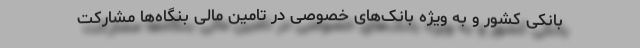
بانکی کشور و به ویژه بانک‌های خصوصی در تامین مالی بنگاه‌ها مشارکت